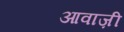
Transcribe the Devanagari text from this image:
आवाज़ी